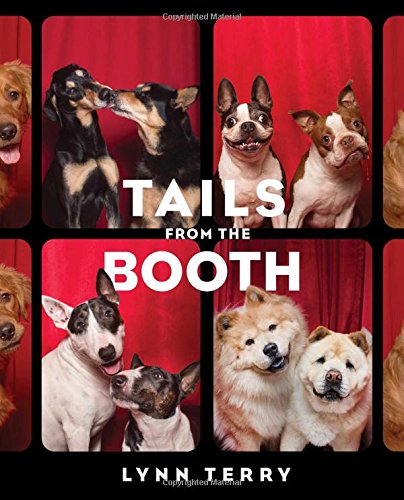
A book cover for Tails from the Booth; Lynn Terry; Humor & Entertainment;